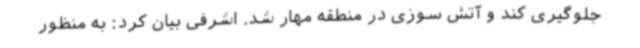
جلوگیری کند و آتش سوزی در منطقه مهار شد. اشرفی بیان کرد: به منظور